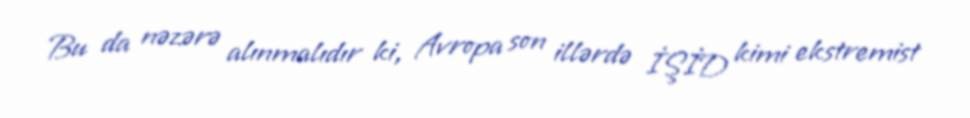
Bu da nəzərə alınmalıdır ki, Avropa son illərdə İŞİD kimi ekstremist